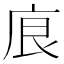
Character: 㡾